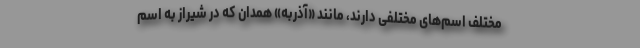
مختلف اسم‌های مختلفی دارند، مانند «آذربه» همدان که در شیراز به اسم